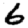
Digit: 6